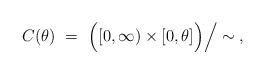
LaTeX: \begin{align*} C(\theta)~=~\Big([0,\infty)\times[0,\theta]\Big)\Big/\sim\;,\end{align*}